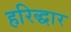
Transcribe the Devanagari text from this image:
हरिद्धार